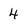
Character: 4